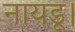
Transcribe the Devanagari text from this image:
नायडू।